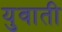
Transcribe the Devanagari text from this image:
युवाती